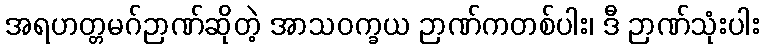
အရဟတ္တမဂ်ဉာဏ်ဆိုတဲ့ အာသဝက္ခယ ဉာဏ်ကတစ်ပါး၊ ဒီ ဉာဏ်သုံးပါး